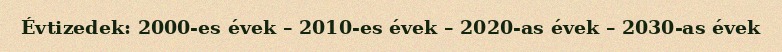
Évtizedek: 2000-es évek – 2010-es évek – 2020-as évek – 2030-as évek